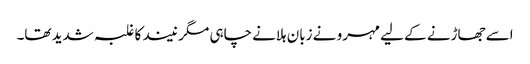
اسے جھاڑنے کے لیے مہرو نے زبان ہلانے چاہی مگر نیند کا غلبہ شدید تھا۔